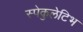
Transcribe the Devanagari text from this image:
स्पेकुलेटिभ